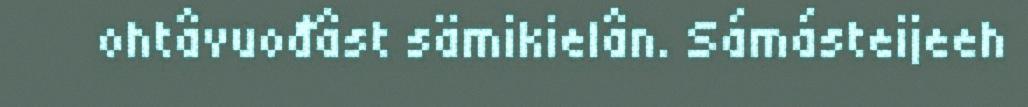
ohtâvuođâst sämikielân. Sámásteijeeh